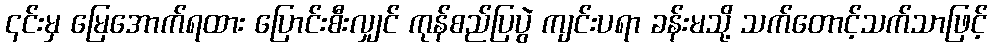
၎င်းမှ မြေအောက်ရထား ပြောင်းစီးလျှင် ကုန်စည်ပြပွဲ ကျင်းပရာ ခန်းမသို့ သက်တောင့်သက်သာဖြင့်